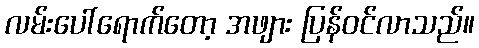
လမ်းပေါ်ရောက်တော့ အဖျား ပြန်ဝင်လာသည်။